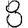
Digit: 8